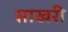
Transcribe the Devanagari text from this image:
साखरी